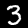
Label: 3